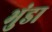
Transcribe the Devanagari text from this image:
भुंडा